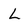
Character: l